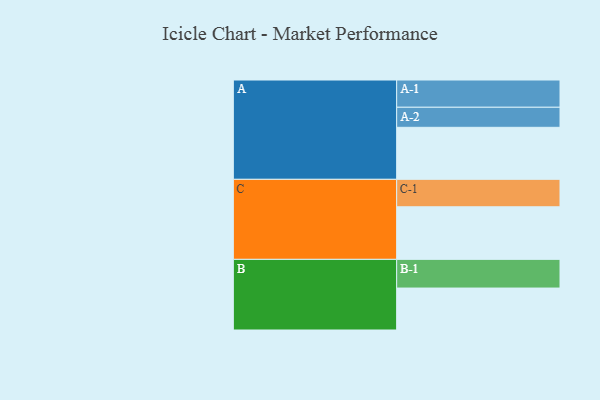
{"axis": {"x": "Segment", "y": "Value"}, "legend": ["", "A", "B", "C"], "data": [{"x": "A", "y": 542, "type": ""}, {"x": "B", "y": 437, "type": ""}, {"x": "C", "y": 548, "type": ""}, {"x": "A-1", "y": 284, "type": "A"}, {"x": "A-2", "y": 209, "type": "A"}, {"x": "B-1", "y": 299, "type": "B"}, {"x": "C-1", "y": 286, "type": "C"}]}